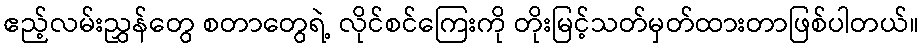
ဧည့်လမ်းညွှန်တွေ စတာတွေရဲ့ လိုင်စင်ကြေးကို တိုးမြင့်သတ်မှတ်ထားတာဖြစ်ပါတယ်။